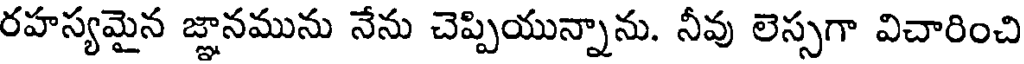
రహస్యమైన జ్ఞానమును నేను చెప్పియున్నాను. నీవు లెస్సగా విచారించి